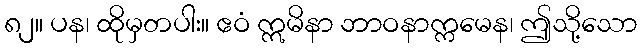
၈၂။ ပန၊ ထိုမှတပါး။ ဧဝံ ဣမိနာ ဘာဝနာက္ကမေန၊ ဤသို့သော